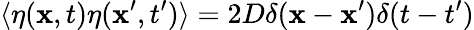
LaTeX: \langle\eta(\mathbf{x},t)\eta(\mathbf{x}^{\prime},t^{\prime})\rangle=2D\delta(\mathbf{x}-\mathbf{x}^{\prime})\delta(t-t^{\prime})